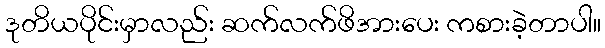
ဒုတိယပိုင်းမှာလည်း ဆက်လက်ဖိအားပေး ကစားခဲ့တာပါ။